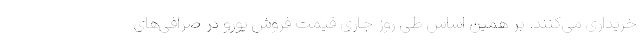
خریداری می‌کنند. بر همین‌ اساس طی روز جاری قیمت فروش یورو در صرافی‌های